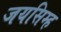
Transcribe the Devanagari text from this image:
जयसिम्ह